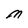
Character: M